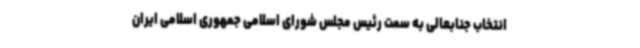
انتخاب جنابعالی به سمت رئیس مجلس شورای اسلامی جمهوری اسلامی ایران